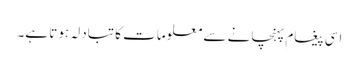
اسی پیغام پہنچانے سے معلومات کا تبادلہ ہوتا ہے۔